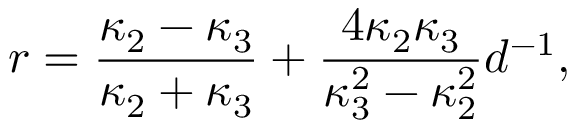
r = { \frac { \kappa _ { 2 } - \kappa _ { 3 } } { \kappa _ { 2 } + \kappa _ { 3 } } } + { \frac { 4 \kappa _ { 2 } \kappa _ { 3 } } { \kappa _ { 3 } ^ { 2 } - \kappa _ { 2 } ^ { 2 } } } d ^ { - 1 } ,